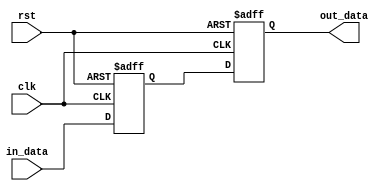
module cascade_sync 
(
  input wire clk,
  input wire rst,
  input wire in_data,
  output reg out_data
);

reg flop1, flop2;

always @(posedge clk or posedge rst)
begin
   if (rst)
   begin
     flop1 <= 1'b0;
     flop2 <= 1'b0;
   end
   else
   begin
     flop1 <= in_data;
     flop2 <= flop1;
   end
end

assign out_data = flop2;

endmodule